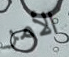
الأمر